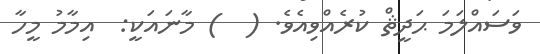
ވަސައްލަމަ ޙަދީޘް ކުރެއްވިއެވެ. (  ) މާނައަކީ:  އިމާމު މީހާ